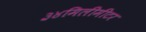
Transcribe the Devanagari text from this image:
३४मिलीमीटर